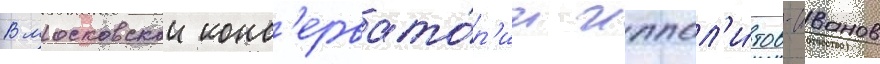
В московскои конс'ервато́р'ии иппол'и́тов-иванов